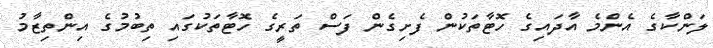
ލަންކާގެ އެންމެ އާދައިގެ ހޮޓާތަކުން ފެށިގެން ފަސް ތަރީގެ ހޮޓާތަކުގައި ތިބުމުގެ އިންތިޒާމު